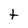
Character: t